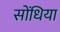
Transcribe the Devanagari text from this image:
सोंधिया